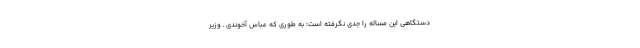
دستگاهی این مساله را جدی نگرفته است؛ به طوری که عباس آخوندی ـ وزیر